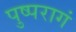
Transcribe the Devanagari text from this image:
पुष्परागं